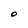
Character: O